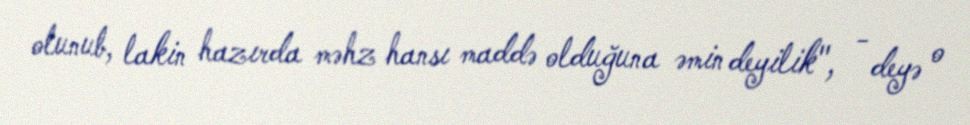
olunub, lakin hazırda məhz hansı maddə olduğuna əmin deyilik", - deyə o